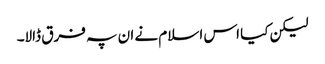
لیکن کیا اس اسلام نے ان پہ فرق ڈالا۔